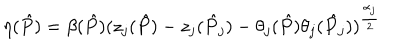
\eta ( \hat { P } ) = \beta ( \hat { P } ) ( z _ { j } ( \hat { P } ) - z _ { j } ( \hat { P } _ { j } ) - \theta _ { j } ( \hat { P } ) \theta _ { j } ( \hat { P } _ { j } ) ) ^ { \frac { \alpha _ { j } } { 2 } }